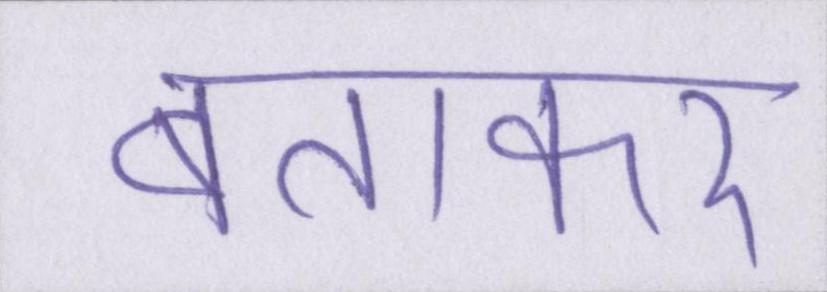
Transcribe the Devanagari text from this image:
बताकर